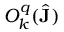
O _ { k } ^ { q } ( \hat { \mathbf { J } } )